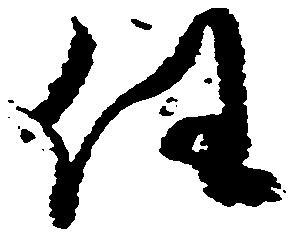
任